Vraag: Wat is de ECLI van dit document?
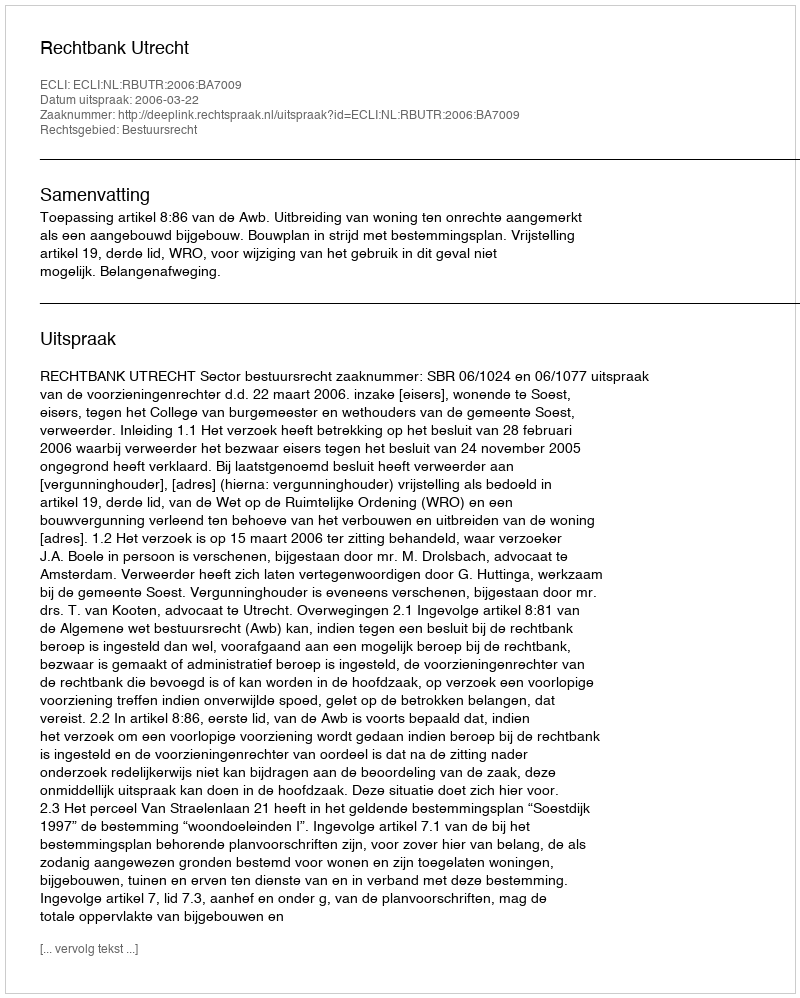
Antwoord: ECLI:NL:RBUTR:2006:BA7009